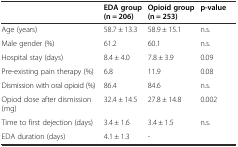
|  | EDA group (n = 206) | Opioid group (n = 253) | p-value |
 | --- | --- | --- | --- |
 | Age (years) | 58.7 ± 13.3 | 58.9 ± 15.1 | n.s. |
 | Male gender (%) | 61.2 | 60.1 | n.s. |
 | Hospital stay (days) | 8.4 ± 4.0 | 7.8 ± 3.9 | 0.09 |
 | Pre-existing pain therapy (%) | 6.8 | 11.9 | 0.08 |
 | Dismission with oral opioid (%) | 86.4 | 84.6 | n.s. |
 | Opiod dose after dismission (mg) | 32.4 ± 14.5 | 27.8 ± 14.8 | 0.002 |
 | Time to first dejection (days) | 3.4 ± 1.6 | 3.4 ± 1.5 | n.s. |
 | EDA duration (days) | 4.1 ± 1.3 | - |  |